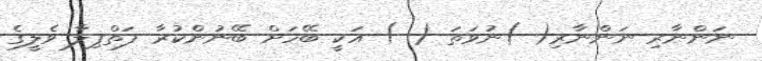
ނަންނާރި ނަންނާރި( )ނުވަތަ ( ) އަކީ ބޭހަށް ބޭނުންކުރާ ފަތްޕިލާ ވެލީގެ